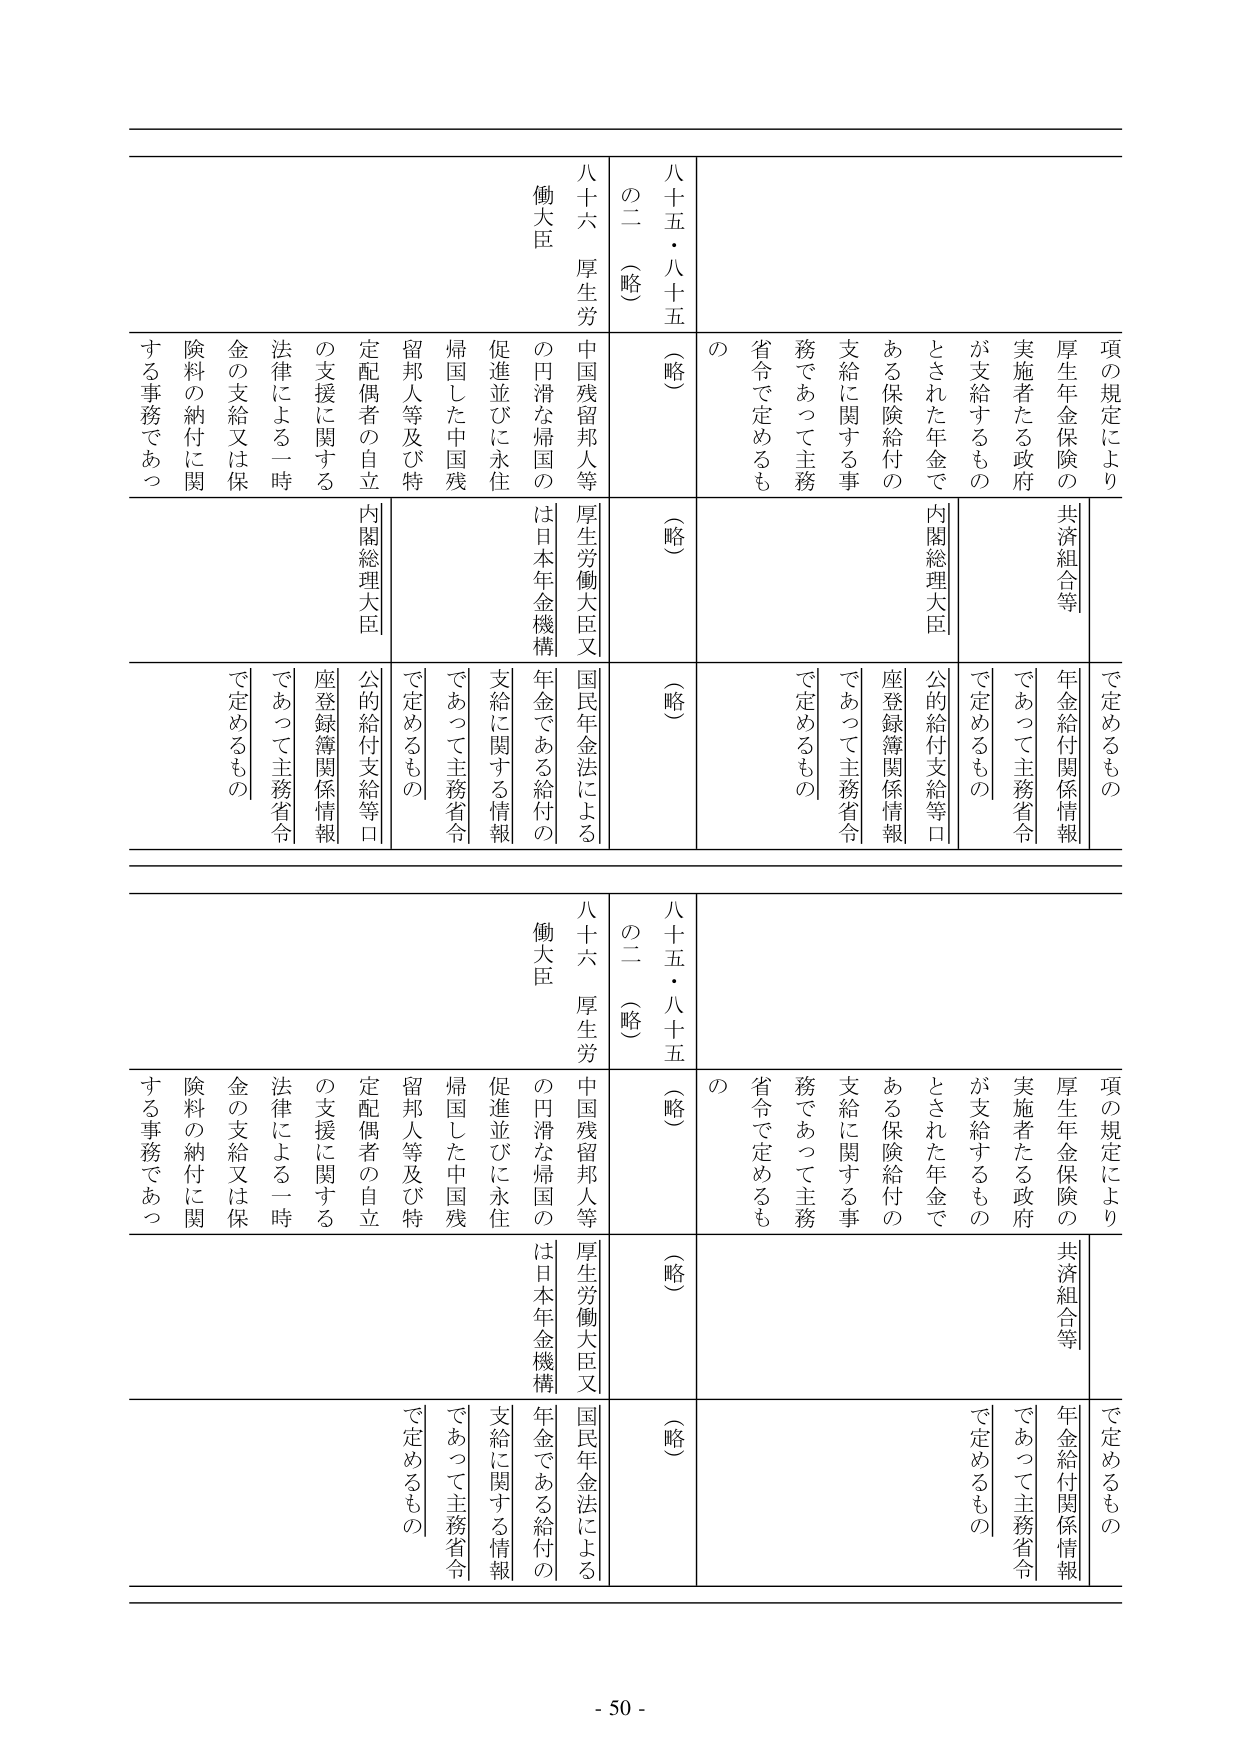
項の規定により
厚生年金保険の
共済組合等
実施者たる政府
が支給するもの
とされた年金で
ある保険給付の
支給に関する事
務であって主務
省令で定めるも
の

八十五・八十五
の二（略）
（略）
（略）
（略）
（略）

八十六 厚生労
働大臣
中国残留邦人等
の円滑な帰国の
促進並びに永住
帰国した中国残
留邦人等及び特
定配偶者の自立
の支援に関する
法律による一時
金の支給又は保
険料の納付に関
する事務であっ

内閣総理大臣
公的給付支給等口
座登録簿関係情報
であって主務省令
で定めるもの

年金給付関係情報
であって主務省令
で定めるもの

公的給付支給等口
座登録簿関係情報
であって主務省令
で定めるもの

厚生労働大臣又
国民年金法による
年金である給付の
支給に関する情報
であって主務省令
で定めるもの

項の規定により
厚生年金保険の
共済組合等
実施者たる政府
が支給するもの
とされた年金で
ある保険給付の
支給に関する事
務であって主務
省令で定めるも
の

八十五・八十五
の二（略）
（略）
（略）
（略）
（略）

八十六 厚生労
働大臣
中国残留邦人等
の円滑な帰国の
促進並びに永住
帰国した中国残
留邦人等及び特
定配偶者の自立
の支援に関する
法律による一時
金の支給又は保
険料の納付に関
する事務であっ

内閣総理大臣
公的給付支給等口
座登録簿関係情報
であって主務省令
で定めるもの

年金給付関係情報
であって主務省令
で定めるもの

公的給付支給等口
座登録簿関係情報
であって主務省令
で定めるもの

厚生労働大臣又
国民年金法による
年金である給付の
支給に関する情報
であって主務省令
で定めるもの

- 50 -